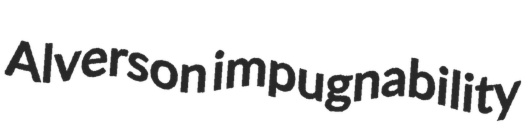
Alverson impugnability